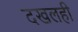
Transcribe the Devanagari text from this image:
दखलही